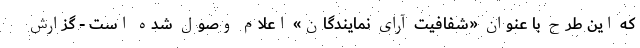
که این طرح با عنوان «شفافیت آرای نمایندگان» اعلام وصول شده است - گزارش